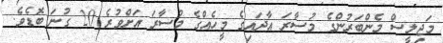
މަޖިލީސް މެންބަރުންގެ މުސާރަ އާދައިގެ މީހެއްގެ މުސާރަ އަށްވުރެ 20 ގުނަ ބޮޑެވެ.